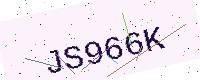
Text: JS966K